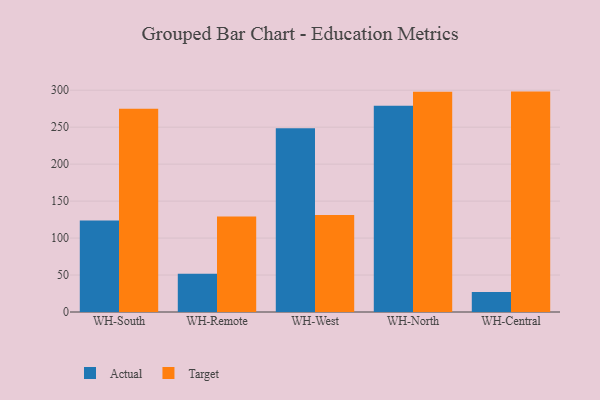
{"axis": {"x": "Warehouse", "y": "Latency (ms)"}, "legend": ["Actual", "Target"], "data": [{"x": "WH-South", "y": 123.9, "type": "Actual"}, {"x": "WH-South", "y": 274.8, "type": "Target"}, {"x": "WH-Remote", "y": 51.6, "type": "Actual"}, {"x": "WH-Remote", "y": 129.3, "type": "Target"}, {"x": "WH-West", "y": 248.5, "type": "Actual"}, {"x": "WH-West", "y": 131.1, "type": "Target"}, {"x": "WH-North", "y": 279.1, "type": "Actual"}, {"x": "WH-North", "y": 298.0, "type": "Target"}, {"x": "WH-Central", "y": 27.1, "type": "Actual"}, {"x": "WH-Central", "y": 298.1, "type": "Target"}]}